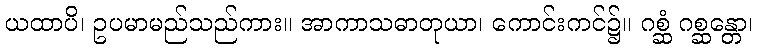
ယထာပိ၊ ဥပမာမည်သည်ကား။ အာကာသဓာတုယာ၊ ကောင်းကင်၌။ ဂစ္ဆံ ဂစ္ဆန္တော၊